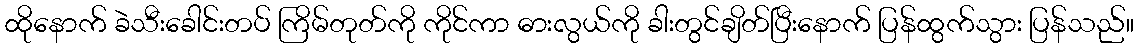
ထိုနောက် ခဲသီးခေါင်းတပ် ကြိမ်တုတ်ကို ကိုင်ကာ ဓားလွယ်ကို ခါးတွင်ချိတ်ပြီးနောက် ပြန်ထွက်သွား ပြန်သည်။